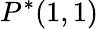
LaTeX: P^{*}(1,1)